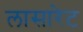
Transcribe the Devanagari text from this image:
लासारेट